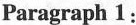
Paragraph 1: